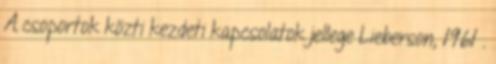
A csoportok közti kezdeti kapcsolatok jellege Lieberson, 1961 .